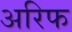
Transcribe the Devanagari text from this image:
अरिफ